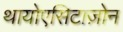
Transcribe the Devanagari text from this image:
थायोएसिटाज़ोन